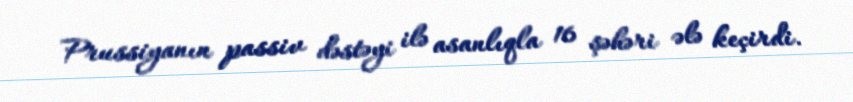
Prussiyanın passiv dəstəyi ilə asanlıqla 16 şəhəri ələ keçirdi.